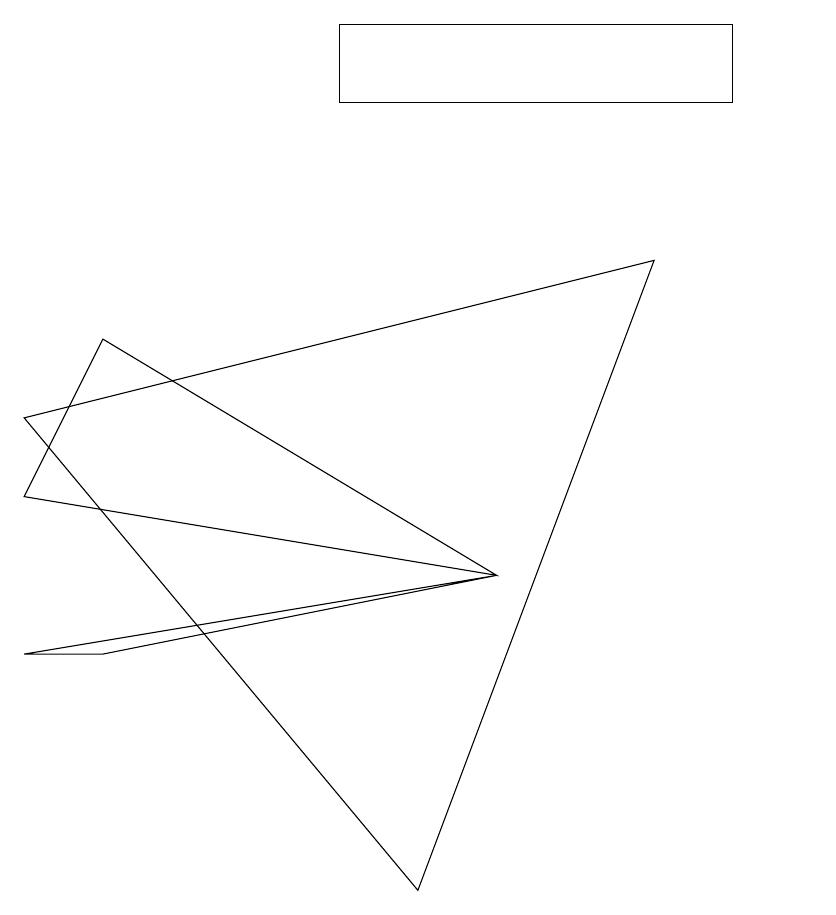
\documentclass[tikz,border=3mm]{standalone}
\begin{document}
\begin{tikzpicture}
\draw (8,9) -- (0,7) -- (5,1) -- cycle;
\draw (6,5) -- (0,4) -- (1,4) -- cycle;
\draw (5,11) rectangle (9,11);
\draw (0,6) -- (6,5) -- (1,8) -- cycle;
\draw (10,10) circle (0);
\draw (9,11) rectangle (4,12);
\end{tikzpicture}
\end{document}